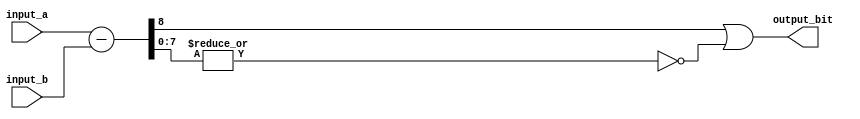
module less_than_or_equal_to_comparator (
    input [7:0] input_a,
    input [7:0] input_b,
    output output_bit
);

    wire [8:0] subtract_result;

    assign subtract_result = input_a - input_b;

    assign output_bit = (subtract_result[8] | ~|subtract_result[7:0]);

endmodule